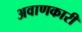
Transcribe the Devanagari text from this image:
अवाणकारी